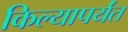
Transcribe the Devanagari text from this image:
किल्यापर्यंत